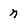
Character: n